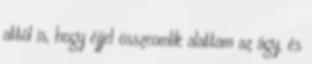
attól is, hogy éjjel összeomlik alattam az ágy, és